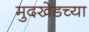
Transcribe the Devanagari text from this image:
मुदखेडच्या